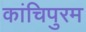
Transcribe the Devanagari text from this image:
कांचिपुरम